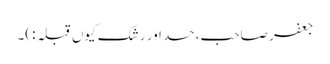
جعفر صاحب، حسد اور رشک کیوں قبلہ :)۔